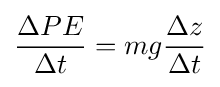
{\frac {\Delta PE}{\Delta t}}=mg{\frac {\Delta z}{\Delta t}}